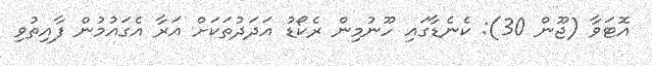
އޮޓަވާ (ޖޫން 30): ކެނެޑާގައި ހޫނުމިން ރެކޯޑު އަދަދުތަކަށް އަރާ އެގައުމުން ފާއިތުވި